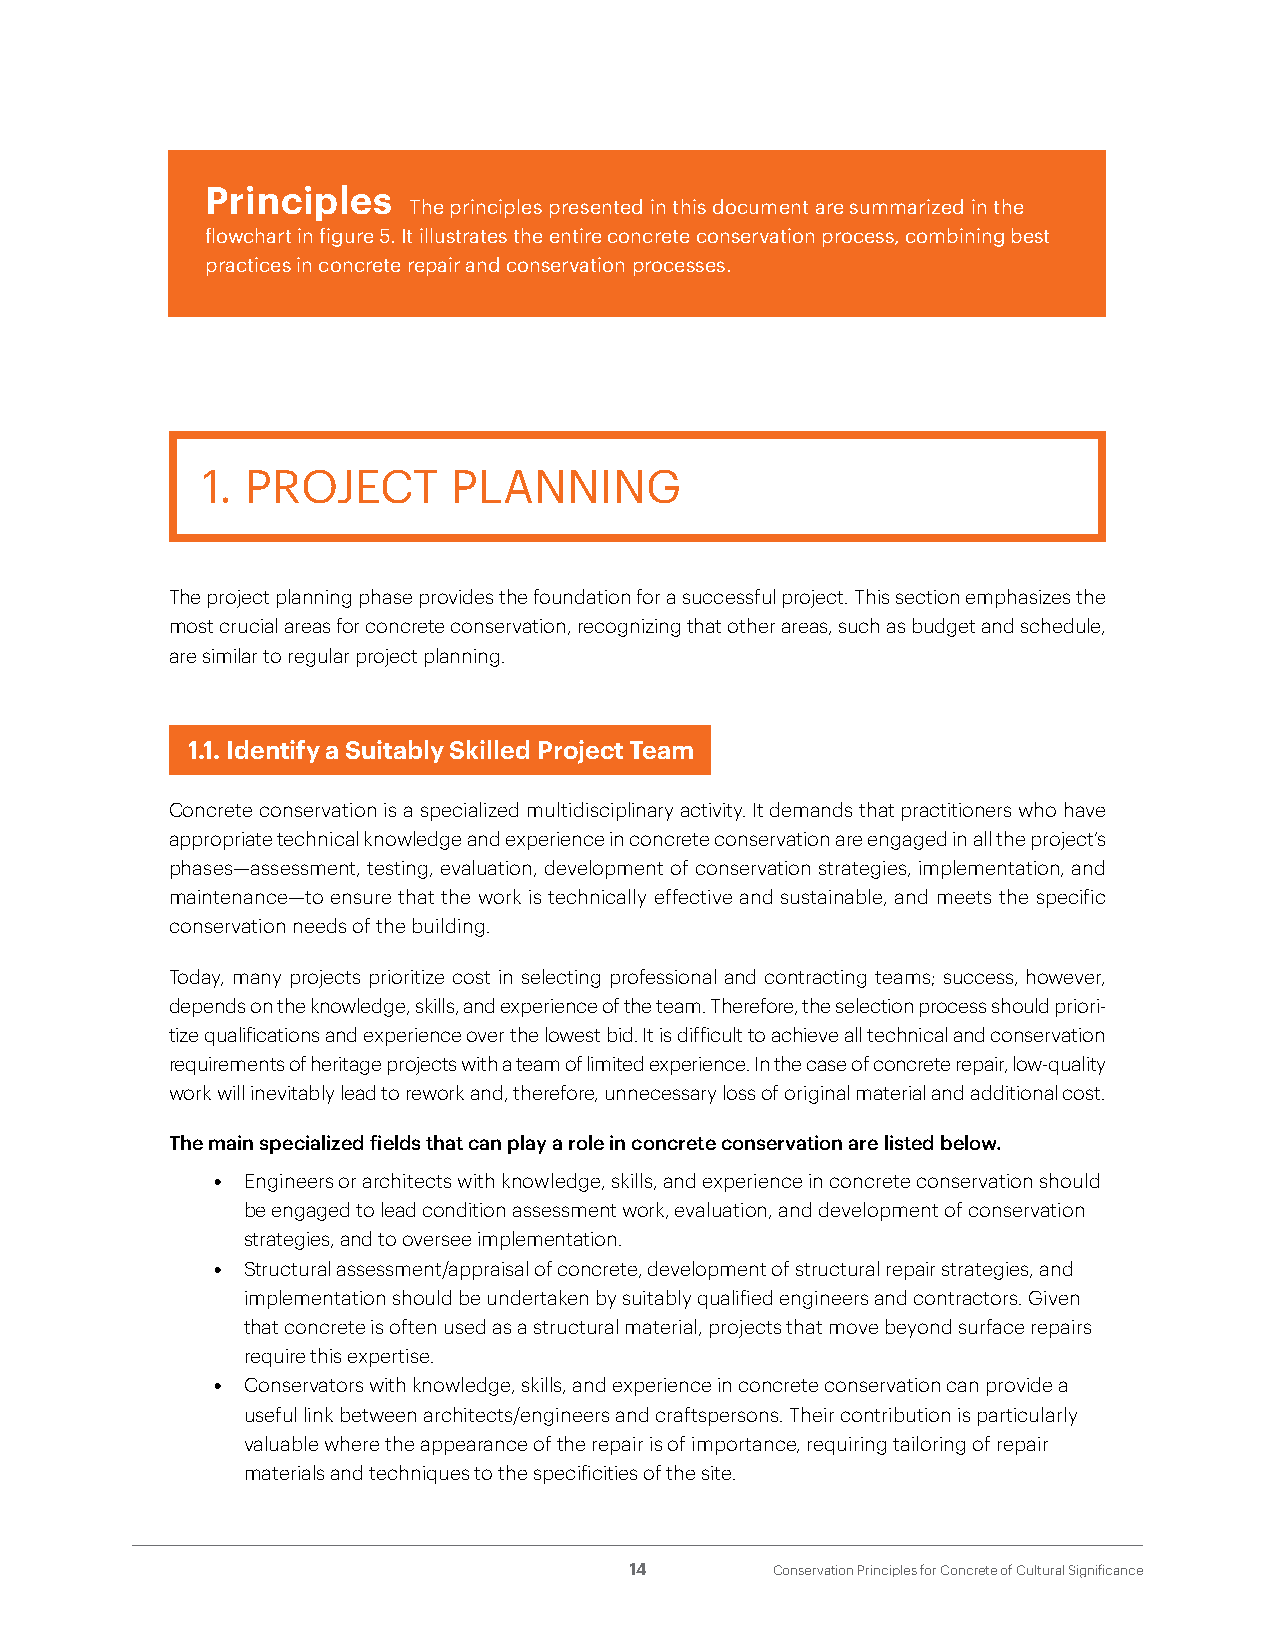
Principles
 The principles presented in this document are summarized in the
 flowchart in figure 5. It illustrates the entire concrete conservation process, combining best
 practices in concrete repair and conservation processes.
 1. PROJECT       PLANNING
 The project planning phase provides the foundation for a successful project. This section emphasizes the
 most crucial areas for concrete conservation, recognizing that other areas, such as budget and schedule,
 are similar to regular project planning.
 1.1. Identify a Suitably Skilled Project Team
 Concrete conservation is a specialized multidisciplinary activity. It demands that practitioners who have
 appropriate technical knowledge and experience in concrete conservation are engaged in all the project’s
 phases—assessment, testing, evaluation, development of conservation strategies, implementation, and
 maintenance—to ensure that the work is technically effective and sustainable, and meets the specific
 conservation needs of the building.
 Today, many projects prioritize cost in selecting professional and contracting teams; success, however,
 depends on the knowledge, skills, and experience of the team. Therefore, the selection process should priori-
 tize qualifications and experience over the lowest bid. It is difficult to achieve all technical and conservation
 requirements of heritage projects with a team of limited experience. In the case of concrete repair, low-quality
 work will inevitably lead to rework and, therefore, unnecessary loss of original material and additional cost.
 The main specialized fields that can play a role in concrete conservation are listed below.
 • Engineers or architects with knowledge, skills, and experience in concrete conservation should
 be engaged to lead condition assessment work, evaluation, and development of conservation
 strategies, and to oversee implementation.
 • Structural assessment/appraisal of concrete, development of structural repair strategies, and
 implementation should be undertaken by suitably qualified engineers and contractors. Given
 that concrete is often used as a structural material, projects that move beyond surface repairs
 require this expertise.
 • Conservators with knowledge, skills, and experience in concrete conservation can provide a
 useful link between architects/engineers and craftspersons. Their contribution is particularly
 valuable where the appearance of the repair is of importance, requiring tailoring of repair
 materials and techniques to the specificities of the site.
 14       Conservation Principles for Concrete of Cultural Significance